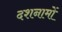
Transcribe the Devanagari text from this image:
दशनामों